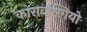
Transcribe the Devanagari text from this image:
कारावाग्गियो